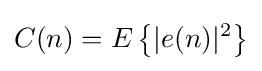
C(n)=E\left\{|e(n)|^{2}\right\}